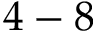
4 - 8